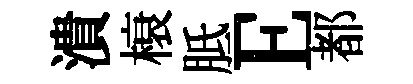
潰榱胝E都